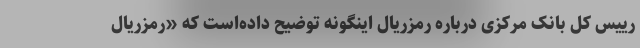
رییس کل بانک مرکزی درباره رمزریال اینگونه توضیح داده‌است که «رمزریال